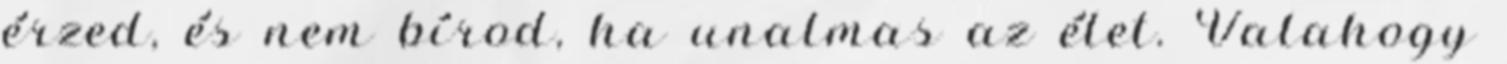
érzed, és nem bírod, ha unalmas az élet. Valahogy